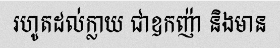
រហូតដល់ក្លាយ ជាឧកញ៉ា និងមាន